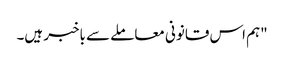
"ہم اس قانونی معاملے سے باخبر ہیں۔